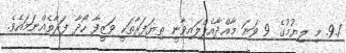
9.1. މި ލިޔުމުގެ 9 ވަނަ މާއްދާއެޕްލައިވާނީ ތިޔަފަރާތަކީ ވަޒީފާ ހޯދާ ފަރާތެއްނަމައެވެ.